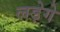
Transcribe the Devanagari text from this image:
लड़ेगे